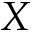
X